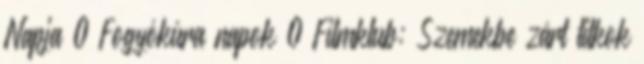
Napja 0 Fogyókúra napok 0 Filmklub: Szemekbe zárt titkok